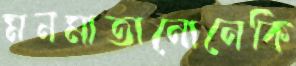
মনমাতানোনেকি